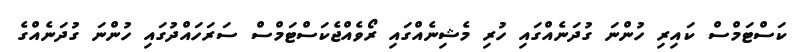
ކަސްޓަމްސް ކައިރި ހުންނަ ގުދަނެއްގައި ހުރި މެޝިނެއްގައި ރޯވެއްޖެކަސްޓަމްސް ސަރަހައްދުގައި ހުންނަ ގުދަނެއްގެ